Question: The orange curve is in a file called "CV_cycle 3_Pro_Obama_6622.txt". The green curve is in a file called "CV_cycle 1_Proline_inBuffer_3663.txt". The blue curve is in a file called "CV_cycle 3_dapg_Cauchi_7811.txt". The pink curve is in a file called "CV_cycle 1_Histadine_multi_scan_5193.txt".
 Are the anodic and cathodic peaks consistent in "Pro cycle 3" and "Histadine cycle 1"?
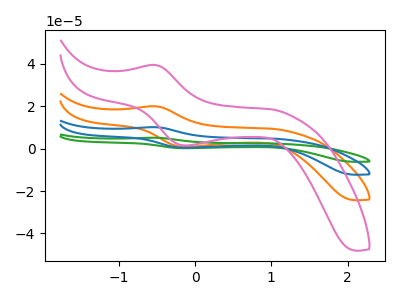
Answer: <think>The orange curve "Pro cycle 3" has an anodic peak at (-0.50V, 19.95uA) and a cathodic peak at (-0.10V, 0.75uA). The green curve "Proline cycle 1" has an anodic peak at (-0.50V, 59.80uA) and a cathodic peak at (-0.10V, 2.25uA). The blue curve "dapg cycle 3" has an anodic peak at (-0.50V, 39.90uA) and a cathodic peak at (-0.10V, 1.50uA). The pink curve "Histadine cycle 1" has an anodic peak at (-0.50V, 39.40uA) and a cathodic peak at (-0.10V, 1.50uA).</think>
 <answer>Yes, "Pro cycle 3" have a peak in "Histadine cycle 1" at the same potential.</answer>
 <eval>match</eval>